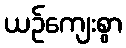
ယဉ်ကျေးစွာ